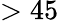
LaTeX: >45